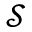
\mathcal { S }